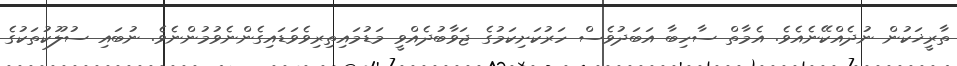
ތާރީޚަކުން ނުދެއްކޭނެއެވެ. އެމާތް ސާހިބާ އަބަދުވެސް ހަރުކަށިކަމުގެ ޖަވާބުދެއްވީ މަޑުމައިތިރިވެވަޑައިގެންނެވުމުންނެވެ. ނުބައި ސުލޫކުތަކުގެ